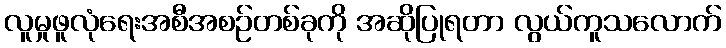
လူမှုဖူလုံရေးအစီအစဉ်တစ်ခုကို အဆိုပြုရတာ လွယ်ကူသလောက်